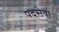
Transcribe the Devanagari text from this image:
पदसेवा